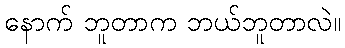
နောက် ဘူတာက ဘယ်ဘူတာလဲ။